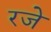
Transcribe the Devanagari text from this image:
रजे